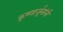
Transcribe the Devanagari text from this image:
कृष्णार्जुनांनी